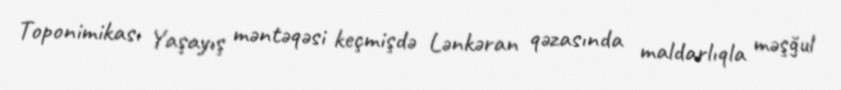
Toponimikası Yaşayış məntəqəsi keçmişdə Lənkəran qəzasında maldarlıqla məşğul